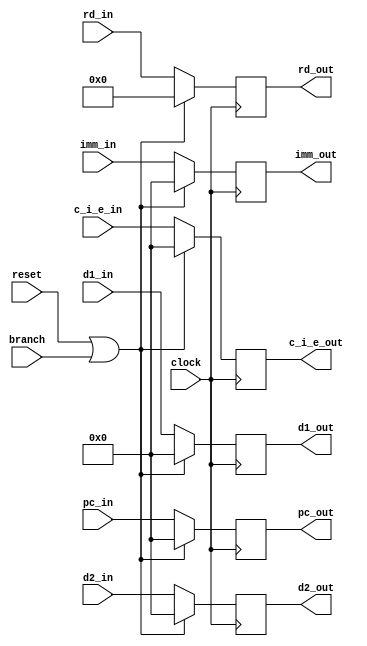
// ID_EX
module id_ex (
	input [31:0] d1_in,
	input [31:0] d2_in,
	input [4:0] rd_in,
	input [31:0] imm_in,
	input [31:0] c_i_e_in,
	input [31:0] pc_in,
	input branch,
	input clock,
	input reset,
	output reg [31:0] d1_out,
	output reg [31:0] d2_out,
	output reg [4:0] rd_out,
	output reg [31:0] imm_out,
	output reg [31:0] c_i_e_out,
	output reg [31:0] pc_out
	);
	
	initial begin
		d1_out <= 0;
		d2_out <= 0;
		rd_out <= 0;
		imm_out <= 0;
		c_i_e_out <= 0;
		pc_out <= 0;
		end
	
	always @ (posedge clock) begin
		if (reset || branch) begin
			d1_out <= 0;
			d2_out <= 0;
			rd_out <= 0;
			imm_out <= 0;
			c_i_e_out <= 0;
			pc_out <= 0;
		end else begin
			d1_out <= d1_in;
			d2_out <= d2_in;
			rd_out <= rd_in;
			imm_out <= imm_in;
			c_i_e_out <= c_i_e_in;
			pc_out <= pc_in;
		end
	end
	
endmodule